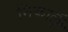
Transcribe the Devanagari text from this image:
निकालूॅ